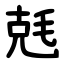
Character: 兞